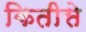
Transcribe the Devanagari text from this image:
कितीसे